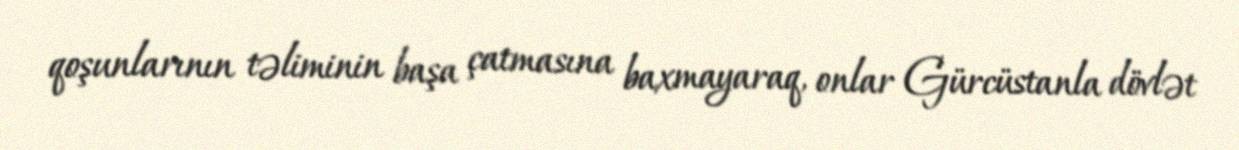
qoşunlarının təliminin başa çatmasına baxmayaraq, onlar Gürcüstanla dövlət